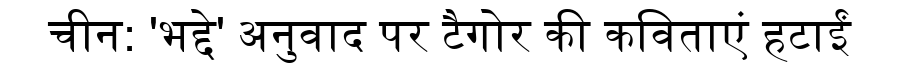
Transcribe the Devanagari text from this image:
चीन: 'भद्दे' अनुवाद पर टैगोर की कविताएं हटाईं